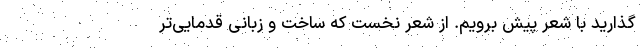
گذارید با شعر پیش برویم. از شعرِ نخست که ساخت و زبانی قُدَمایی‌تر